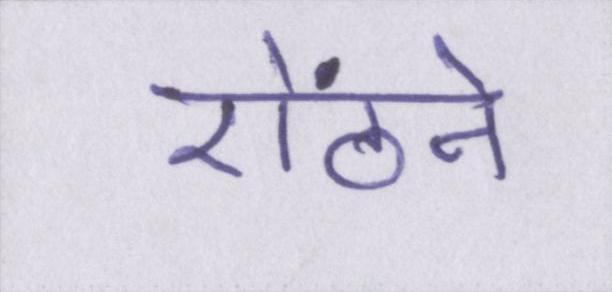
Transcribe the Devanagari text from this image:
ऐंठने